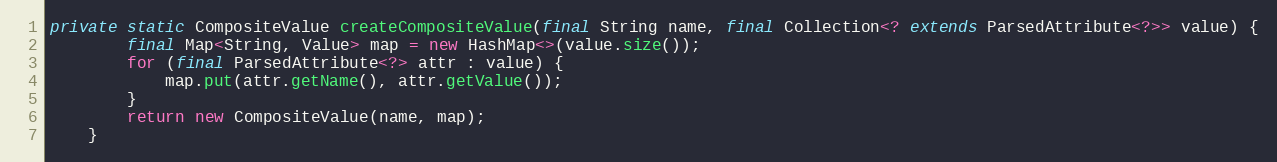
Language: Java
private static CompositeValue createCompositeValue(final String name, final Collection<? extends ParsedAttribute<?>> value) {
		final Map<String, Value> map = new HashMap<>(value.size());
    	for (final ParsedAttribute<?> attr : value) {
    		map.put(attr.getName(), attr.getValue());
    	}
		return new CompositeValue(name, map);
	}